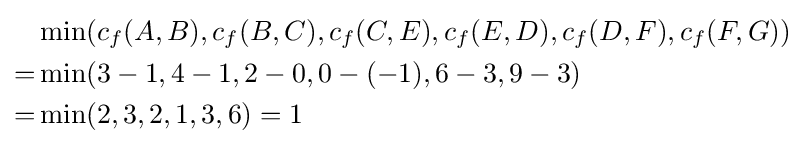
{\begin{aligned}&\min(c_{f}(A,B),c_{f}(B,C),c_{f}(C,E),c_{f}(E,D),c_{f}(D,F),c_{f}(F,G))\\=&\min(3-1,4-1,2-0,0-(-1),6-3,9-3)\\=&\min(2,3,2,1,3,6)=1\end{aligned}}